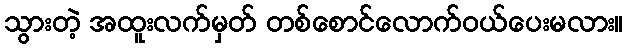
သွားတဲ့ အထူးလက်မှတ် တစ်စောင်လောက်ဝယ်ပေးမလား။